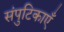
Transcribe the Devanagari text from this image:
संपुटिकाएँ